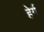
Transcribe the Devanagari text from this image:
हेर्ग